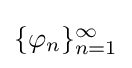
{\textstyle \{\varphi _{n}\}_{n=1}^{\infty }}